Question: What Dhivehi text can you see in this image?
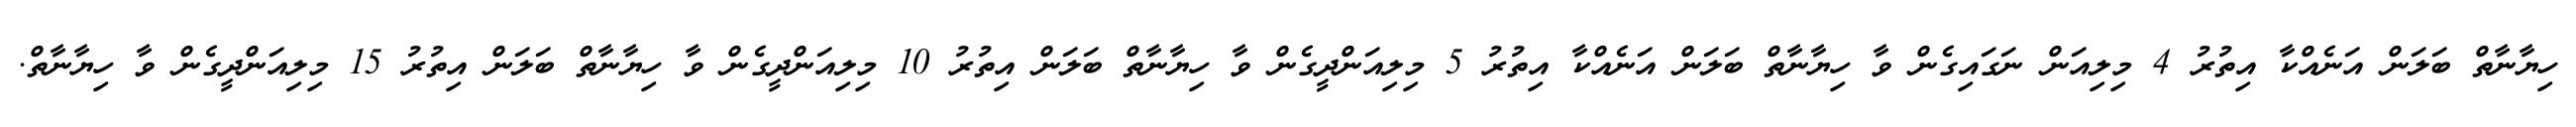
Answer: ހިޔާނާތް ބަލަން އަނެއްކާ އިތުރު 4 މިލިއަން ނަގައިގެން ވާ ހިޔާނާތް ބަލަން އަނެއްކާ އިތުރު 5 މިލިއަންދީގެން ވާ ހިޔާނާތް ބަލަން އިތުރު 10 މިލިއަންދީގެން ވާ ހިޔާނާތް ބަލަން އިތުރު 15 މިލިއަންދީގެން ވާ ހިޔާނާތް.